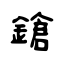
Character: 鎗